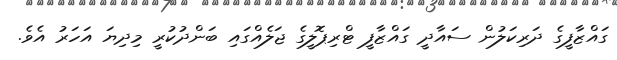
ގައްޒާފީގެ ދަރިކަލުން ސައާދީ ގައްޒާފީ ޓްރިޕޮލީގެ ޖަލެއްގައި ބަންދުކުރީ މިދިޔަ އަހަރު އެވެ.